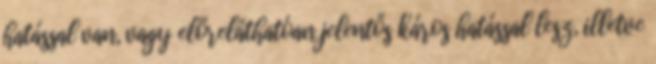
hatással van, vagy előreláthatóan jelentős káros hatással lesz, illetve